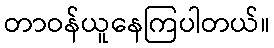
တာဝန်ယူနေကြပါတယ်။